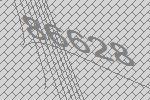
86628